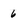
Character: 6